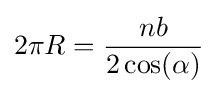
2\pi R={\frac {nb}{2\cos(\alpha )}}